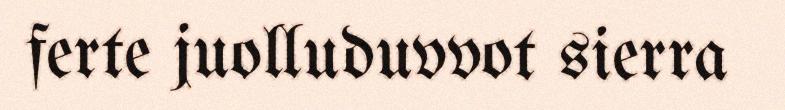
ferte juolluduvvot sierra